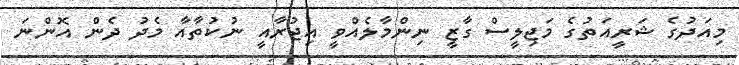
މިއަދުގެ ޝަރީއަތުގެ މަޖިލީސް ގާޒީ ނިންމާލެއްވީ އިޖުރާއީ ނުކުތާއާ މެދު ދެން އޮންނަ